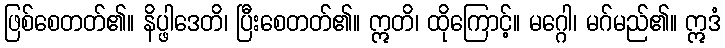
ဖြစ်စေတတ်၏။ နိပ္ဖါဒေတိ၊ ပြီးစေတတ်၏။ ဣတိ၊ ထိုကြောင့်။ မဂ္ဂေါ၊ မဂ်မည်၏။ ဣဒံ